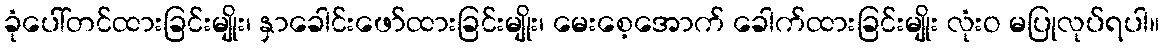
ခုံပေါ်တင်ထားခြင်းမျိုး၊ နှာခေါင်းဖော်ထားခြင်းမျိုး၊ မေးစေ့အောက် ခေါက်ထားခြင်းမျိုး လုံးဝ မပြုလုပ်ရပါ။